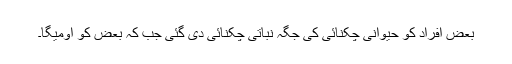
بعض افراد کو حیوانی چکنائی کی جگہ نباتی چکنائی دی گئی جب کہ بعض کو اومیگا۔